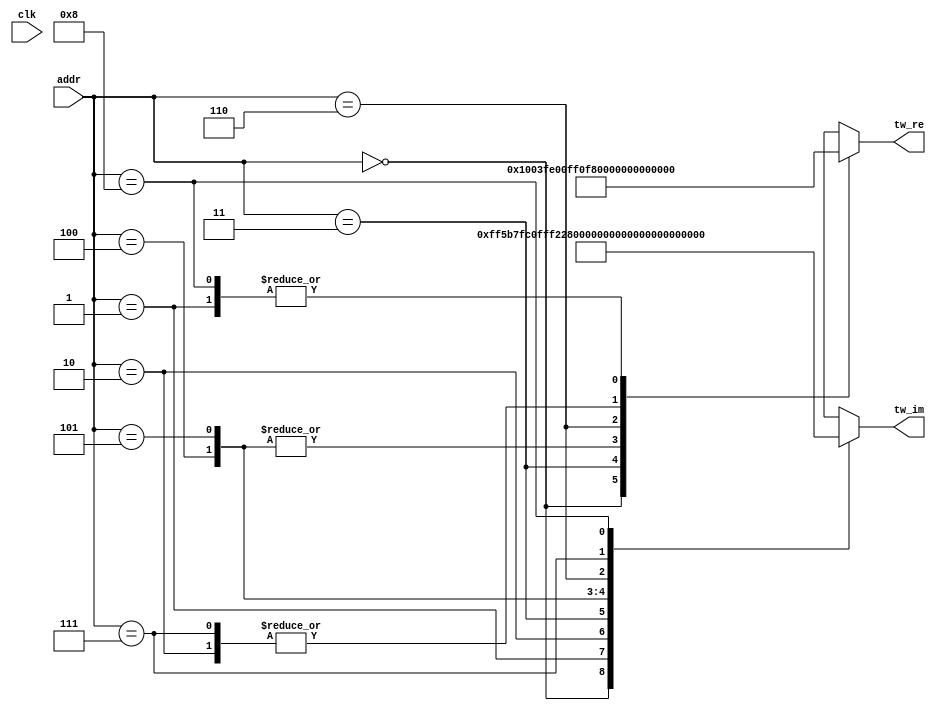
module Twiddle9 #(
    parameter   TW_FF = 0   //  Use Output Register
)(
    input           clk,  //  Master Clock
    input   [3:0]   addr,   //  Twiddle Factor Number
    output  [17:0]  tw_re,  //  Twiddle Factor (Real)
    output  [17:0]  tw_im   //  Twiddle Factor (Imag)
);

wire[17:0]  wn_re[0:8];   //  Twiddle Table (Real)
wire[17:0]  wn_im[0:8];   //  Twiddle Table (Imag)
wire[17:0]  mx_re;          //  Multiplexer output (Real)
wire[17:0]  mx_im;          //  Multiplexer output (Imag)
reg [17:0]  ff_re;          //  Register output (Real)
reg [17:0]  ff_im;          //  Register output (Imag)

assign  mx_re = wn_re[addr];
assign  mx_im = wn_im[addr];

always @(posedge clk) begin
    ff_re <= mx_re;
    ff_im <= mx_im;
end

assign  tw_re = TW_FF ? ff_re : mx_re;
assign  tw_im = TW_FF ? ff_im : mx_im;
assign wn_re[0] = 18'b000000010000000000; assign wn_im[0] = 18'b000000000000000000; 
assign wn_re[1] = 18'b000000001100010000; assign wn_im[1] = 18'b111111110101101101; 
assign wn_re[2] = 18'b000000000010110001; assign wn_im[2] = 18'b111111110000001111; 
assign wn_re[3] = 18'b111111111000000000; assign wn_im[3] = 18'b111111110010001001; 
assign wn_re[4] = 18'b111111110000111101; assign wn_im[4] = 18'b111111111010100001; 
assign wn_re[5] = 18'b111111110000111101; assign wn_im[5] = 18'b000000000101011110; 
assign wn_re[6] = 18'b111111110111111111; assign wn_im[6] = 18'b000000001101110110; 
assign wn_re[7] = 18'b000000000010110001; assign wn_im[7] = 18'b000000001111110000; 
assign wn_re[8] = 18'b000000001100010000; assign wn_im[8] = 18'b000000001010010010; 

endmodule